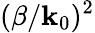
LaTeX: (\beta/\mathbf{k}_{0})^{2}